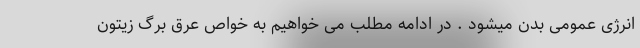
انرژی عمومی بدن میشود . در ادامه مطلب می خواهیم به خواص عرق برگ زیتون